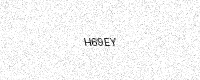
Text: H69EY